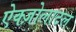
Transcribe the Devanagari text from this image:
ऐक्ज़ोलाटल